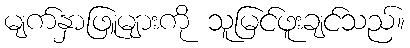
မျက်နှာဖြူများကို သူမြင်ဖူးချင်သည်။